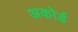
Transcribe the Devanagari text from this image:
अकोर्ड